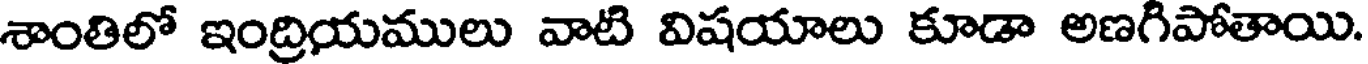
శాంతిలో ఇంద్రియములు వాటి విషయాలు కూడా అణగీపోతాయి.